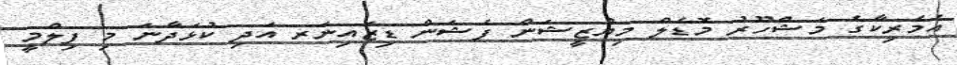
އެމެރިކާގެ މަޝްހޫރު މޮޑެލް މިޔުޒީޝަން ފެޝަން ޑިޒައިނަރ އަދި ކުޅަދާނަ މި ފިލްމީ